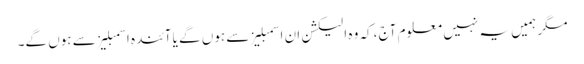
مگر ہمیں یہ نہیں معلوم آج ،کہ وہ الیکشن ان اسمبلیز سے ہوں گے یا آئندہ اسمبلیز سے ہوں گے۔